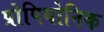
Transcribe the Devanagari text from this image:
प्रोपियोनिक